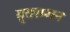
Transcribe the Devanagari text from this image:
मुतरम्मन